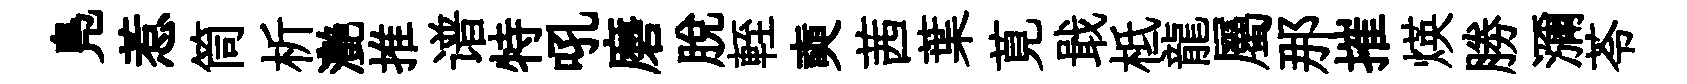
鳬惹筒析灔推谱特吼磨脱輊奭茜葉莧戢柢龍屬那摧煐勝瀰苓